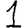
Digit: 1